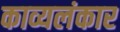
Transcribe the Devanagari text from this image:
काव्यलंकार